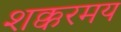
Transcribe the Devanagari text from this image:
शक्करमय